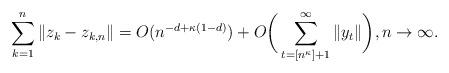
LaTeX: \begin{align*} \sum_{k=1}^{n} \|z_{k} - z_{k,n}\| = O(n^{-d+\kappa(1-d)} ) + O\bigg( \sum_{t=[n^{\kappa}]+1}^{\infty} \|y_{t}\| \bigg),n \to \infty.\end{align*}